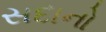
સદાનો